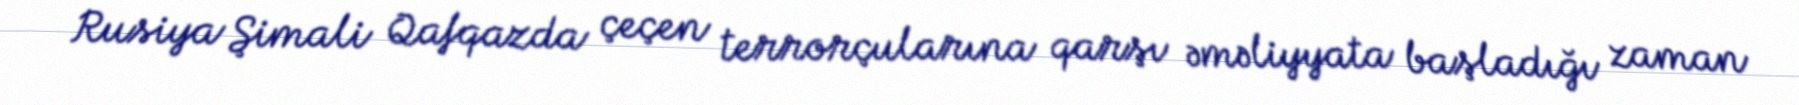
Rusiya Şimali Qafqazda çeçen terrorçularına qarşı əməliyyata başladığı zaman